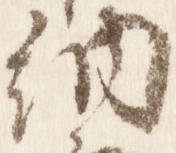
納